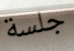
جلسة